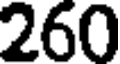
260